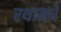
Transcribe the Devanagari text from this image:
रथामधे